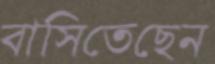
বাসিতেছেন